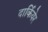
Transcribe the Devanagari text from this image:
दार्कियेर